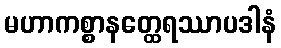
မဟာကစ္စာနတ္ထေရဿာပဒါနံ